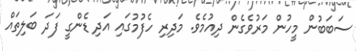
ސަބަބުން މީހުން މަރުވެގެން ދިއުމެވެ. މަދިރި ހެފުމުގައި އަދި ޑެންގީ ފަދަ ބަލިތައް